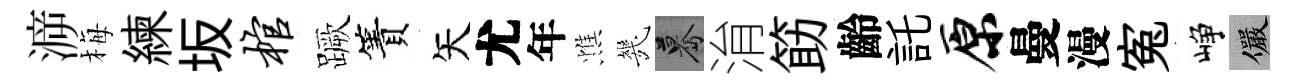
㴑梅練坂棺蹶簀矢尤年憔㡬驀㳙筯齡託原曼漫寃峥儼